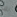
بك